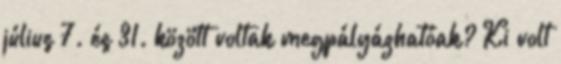
július 7. és 31. között voltak megpályázhatóak? Ki volt